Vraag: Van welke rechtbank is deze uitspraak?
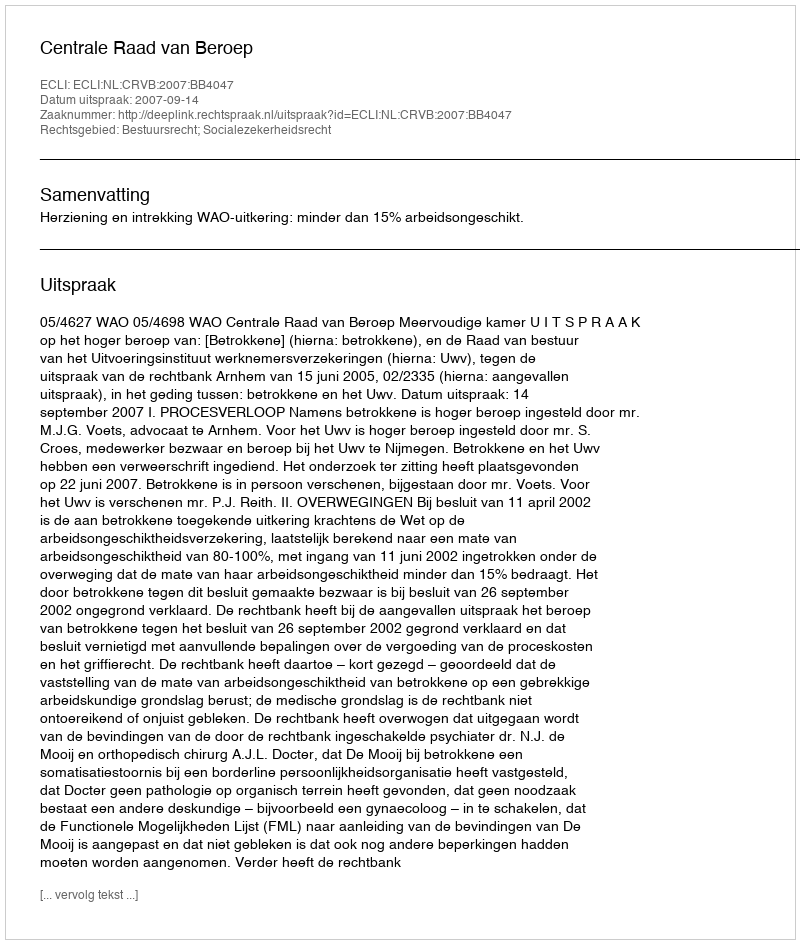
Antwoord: Centrale Raad van Beroep